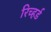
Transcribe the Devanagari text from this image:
रिच्हर्ड